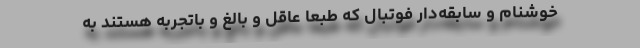
خوشنام و سابقه‌دار فوتبال که طبعاً عاقل و بالغ و باتجربه هستند به